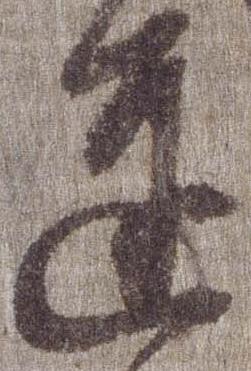
達